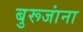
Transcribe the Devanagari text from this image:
बुरूजांना